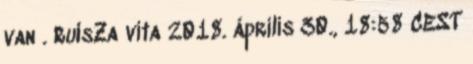
van . RuIsZa vita 2018. április 30., 18:58 CEST